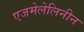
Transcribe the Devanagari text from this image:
एजमेलेलिनीन